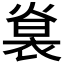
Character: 𧚵